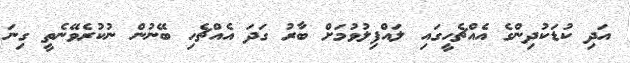
އަދި ކުޑަކުދިންގެ އެއްޗެހީގައި ލައްފިލުވުމަށް ބާރު ގަދަ އެއްޗެހި ބޭނުން ނުކުރެވޭނެތީ ގިނަ